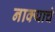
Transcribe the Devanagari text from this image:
नाक्याचं